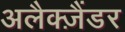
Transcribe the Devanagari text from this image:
अलैक्‍ज़ैंडर